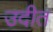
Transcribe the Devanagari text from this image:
उदीत